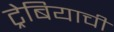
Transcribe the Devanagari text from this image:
ट्रेबियाची